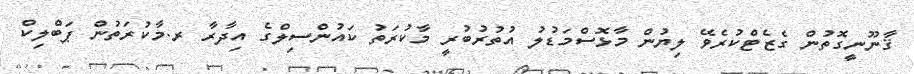
ޤާނޫނީގޮތުން ގެޒެޓްކުރެވޭ ލިޔުން މާޅޮސްމަޑުލު އުތުރުބުރީ މާކުރަތު ކައުންސިލްގެ އިދާރާ ރ.މާކުރަތުން ޕަބްލިކް